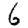
Digit: 6